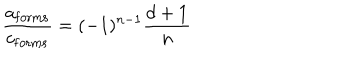
LaTeX: { \frac { a _ { \mathrm { f o r m s } } } { c _ { \mathrm { f o r m s } } } } = ( - 1 ) ^ { n - 1 } { \frac { d + 1 } { n } }